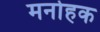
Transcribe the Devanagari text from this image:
मनोहक